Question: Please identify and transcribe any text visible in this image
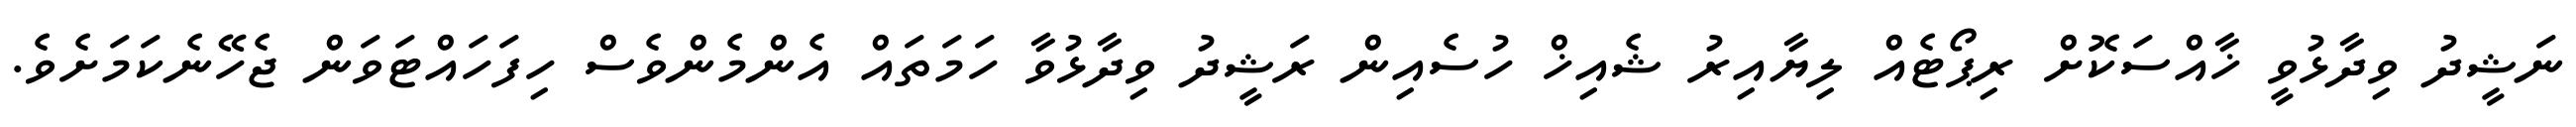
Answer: ނަޝީދު ވިދާޅުވީ ޚާއްސަކޮށް ރިޕޯޓެއް ލިޔާއިރު ޝެއިޚް ހުސެއިން ރަޝީދު ވިދާޅުވާ ހަމަތައް އެންމެންވެސް ހިފަހައްޓަވަން ޖެހޭނެކަމަށެވެ.